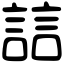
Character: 誩